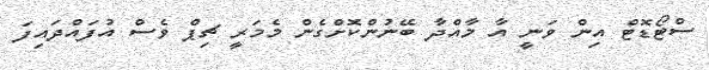
ސްޓޯޑޮޓް އިން ވަނީ އާ މާއްދާ ބޭނުންކޮށްގެން މެމަރީ ޗިޕް ވެސް އުފައްދައިފަ